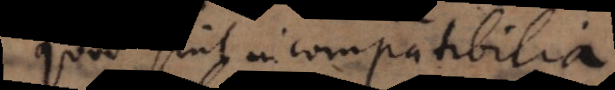
quod sint incompatibilia,